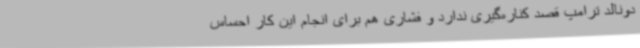
دونالد ترامپ قصد کناره‌گیری ندارد و فشاری هم برای انجام این کار احساس